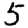
Digit: 5